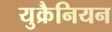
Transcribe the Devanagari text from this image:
युक्रैनियन